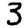
Digit: 3